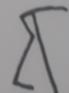
Signature authenticity: forged